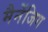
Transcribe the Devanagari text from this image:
मैनेंजिग